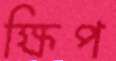
ক্ষিপ